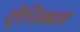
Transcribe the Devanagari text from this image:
ऐनिकल